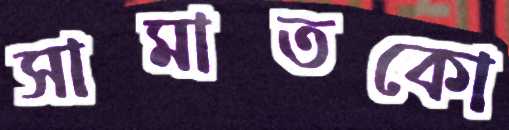
সামাতকো